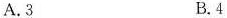
A.3 B.4